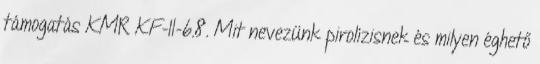
támogatás KMR KF-II-6.8. Mit nevezünk pirolízisnek és milyen éghető